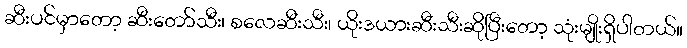
ဆီးပင်မှာတော့ ဆီးတော်သီး၊ စလေဆီးသီး၊ ယိုးဒယားဆီးသီးဆိုပြီးတော့ သုံးမျိုးရှိပါတယ်။